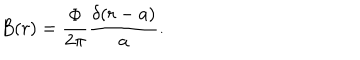
LaTeX: B ( r ) = \displaystyle \frac { \Phi } { 2 \pi } \displaystyle \frac { \delta ( r - a ) } { a } .